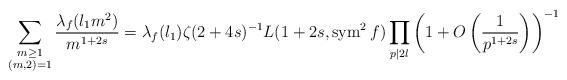
LaTeX: \begin{align*} \sum_{\substack{m \geq 1 \\ (m,2)=1}}\frac {\lambda_f(l_1m^2)}{m^{1+2s}}= \lambda_f(l_1)\zeta(2+4s)^{-1}L(1+2s, \operatorname{sym}^2 f) \prod_{p | 2l} \left( 1+O \left( \frac {1}{p^{1+2s}} \right) \right)^{-1}\end{align*}